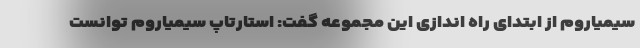
سیمیاروم از ابتدای راه اندازی این مجموعه گفت: استارتاپ سیمیاروم توانست